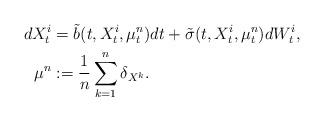
LaTeX: \begin{align*}dX^i_t &= \tilde{b}(t,X^i_t,\mu^n_t)dt + \tilde{\sigma}(t,X^i_t,\mu^n_t)dW^i_t, \\\mu^n &:= \frac{1}{n}\sum_{k=1}^n\delta_{X^k}.\end{align*}